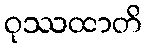
ဝုဿထာတိ